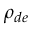
\rho _ { d e }